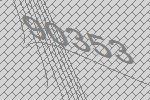
90353